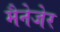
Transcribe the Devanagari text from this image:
मैनेजेर